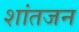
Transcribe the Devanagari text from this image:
शांतजन